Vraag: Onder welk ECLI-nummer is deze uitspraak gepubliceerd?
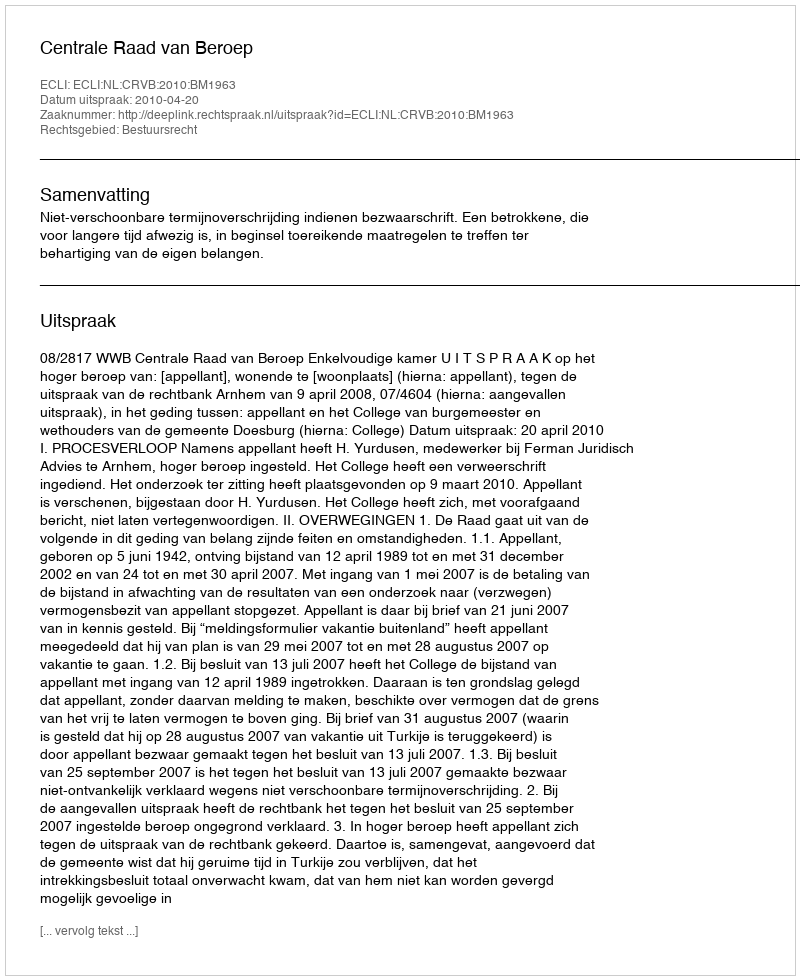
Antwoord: ECLI:NL:CRVB:2010:BM1963